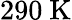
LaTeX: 290~\mathrm{K}